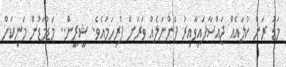
މަޑު ރަން ކުލައެއް ޖައްސާފައިވާއިރު ފެންނަލެއް ވަރަށް ފުރިހަމައެވެ. ޝީރީން.. މަޑުމަޑުން މަނިކަށް